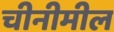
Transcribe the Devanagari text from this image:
चीनीमील